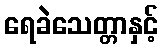
ရေခဲသေတ္တာနှင့်